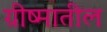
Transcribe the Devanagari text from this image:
ग्रीष्मातील